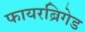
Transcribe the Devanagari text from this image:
फायरब्रिगेड